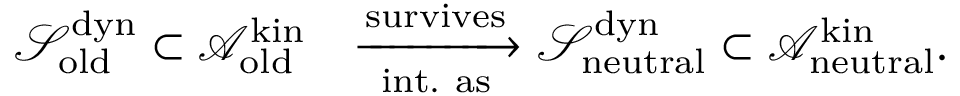
\begin{array} { r l } { \mathcal { S } _ { \mathrm { o l d } } ^ { \mathrm { d y n } } \subset \mathcal { A } _ { \mathrm { o l d } } ^ { \mathrm { k i n } } } & { \xrightarrow [ \mathrm { i n t . ~ a s } ] { \mathrm { s u r v i v e s } } \mathcal { S } _ { \mathrm { n e u t r a l } } ^ { \mathrm { d y n } } \subset \mathcal { A } _ { \mathrm { n e u t r a l } } ^ { \mathrm { k i n } } . } \end{array}